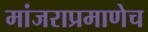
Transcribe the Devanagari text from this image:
मांजराप्रमाणेच